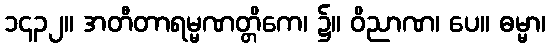
၁၄၃၂။ အတီတာရမ္မဏတ္တိကေ၊ ၌။ ဝိညာဏ၊ ပေ။ ဓမ္မာ၊